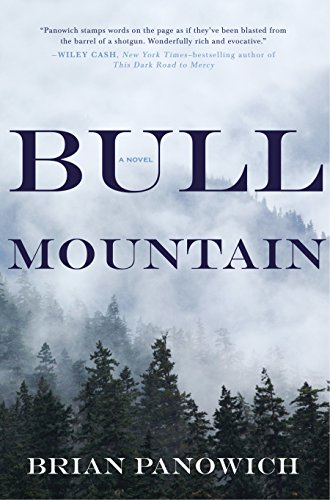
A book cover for Bull Mountain; Brian Panowich; Mystery, Thriller & Suspense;